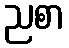
ညစာ